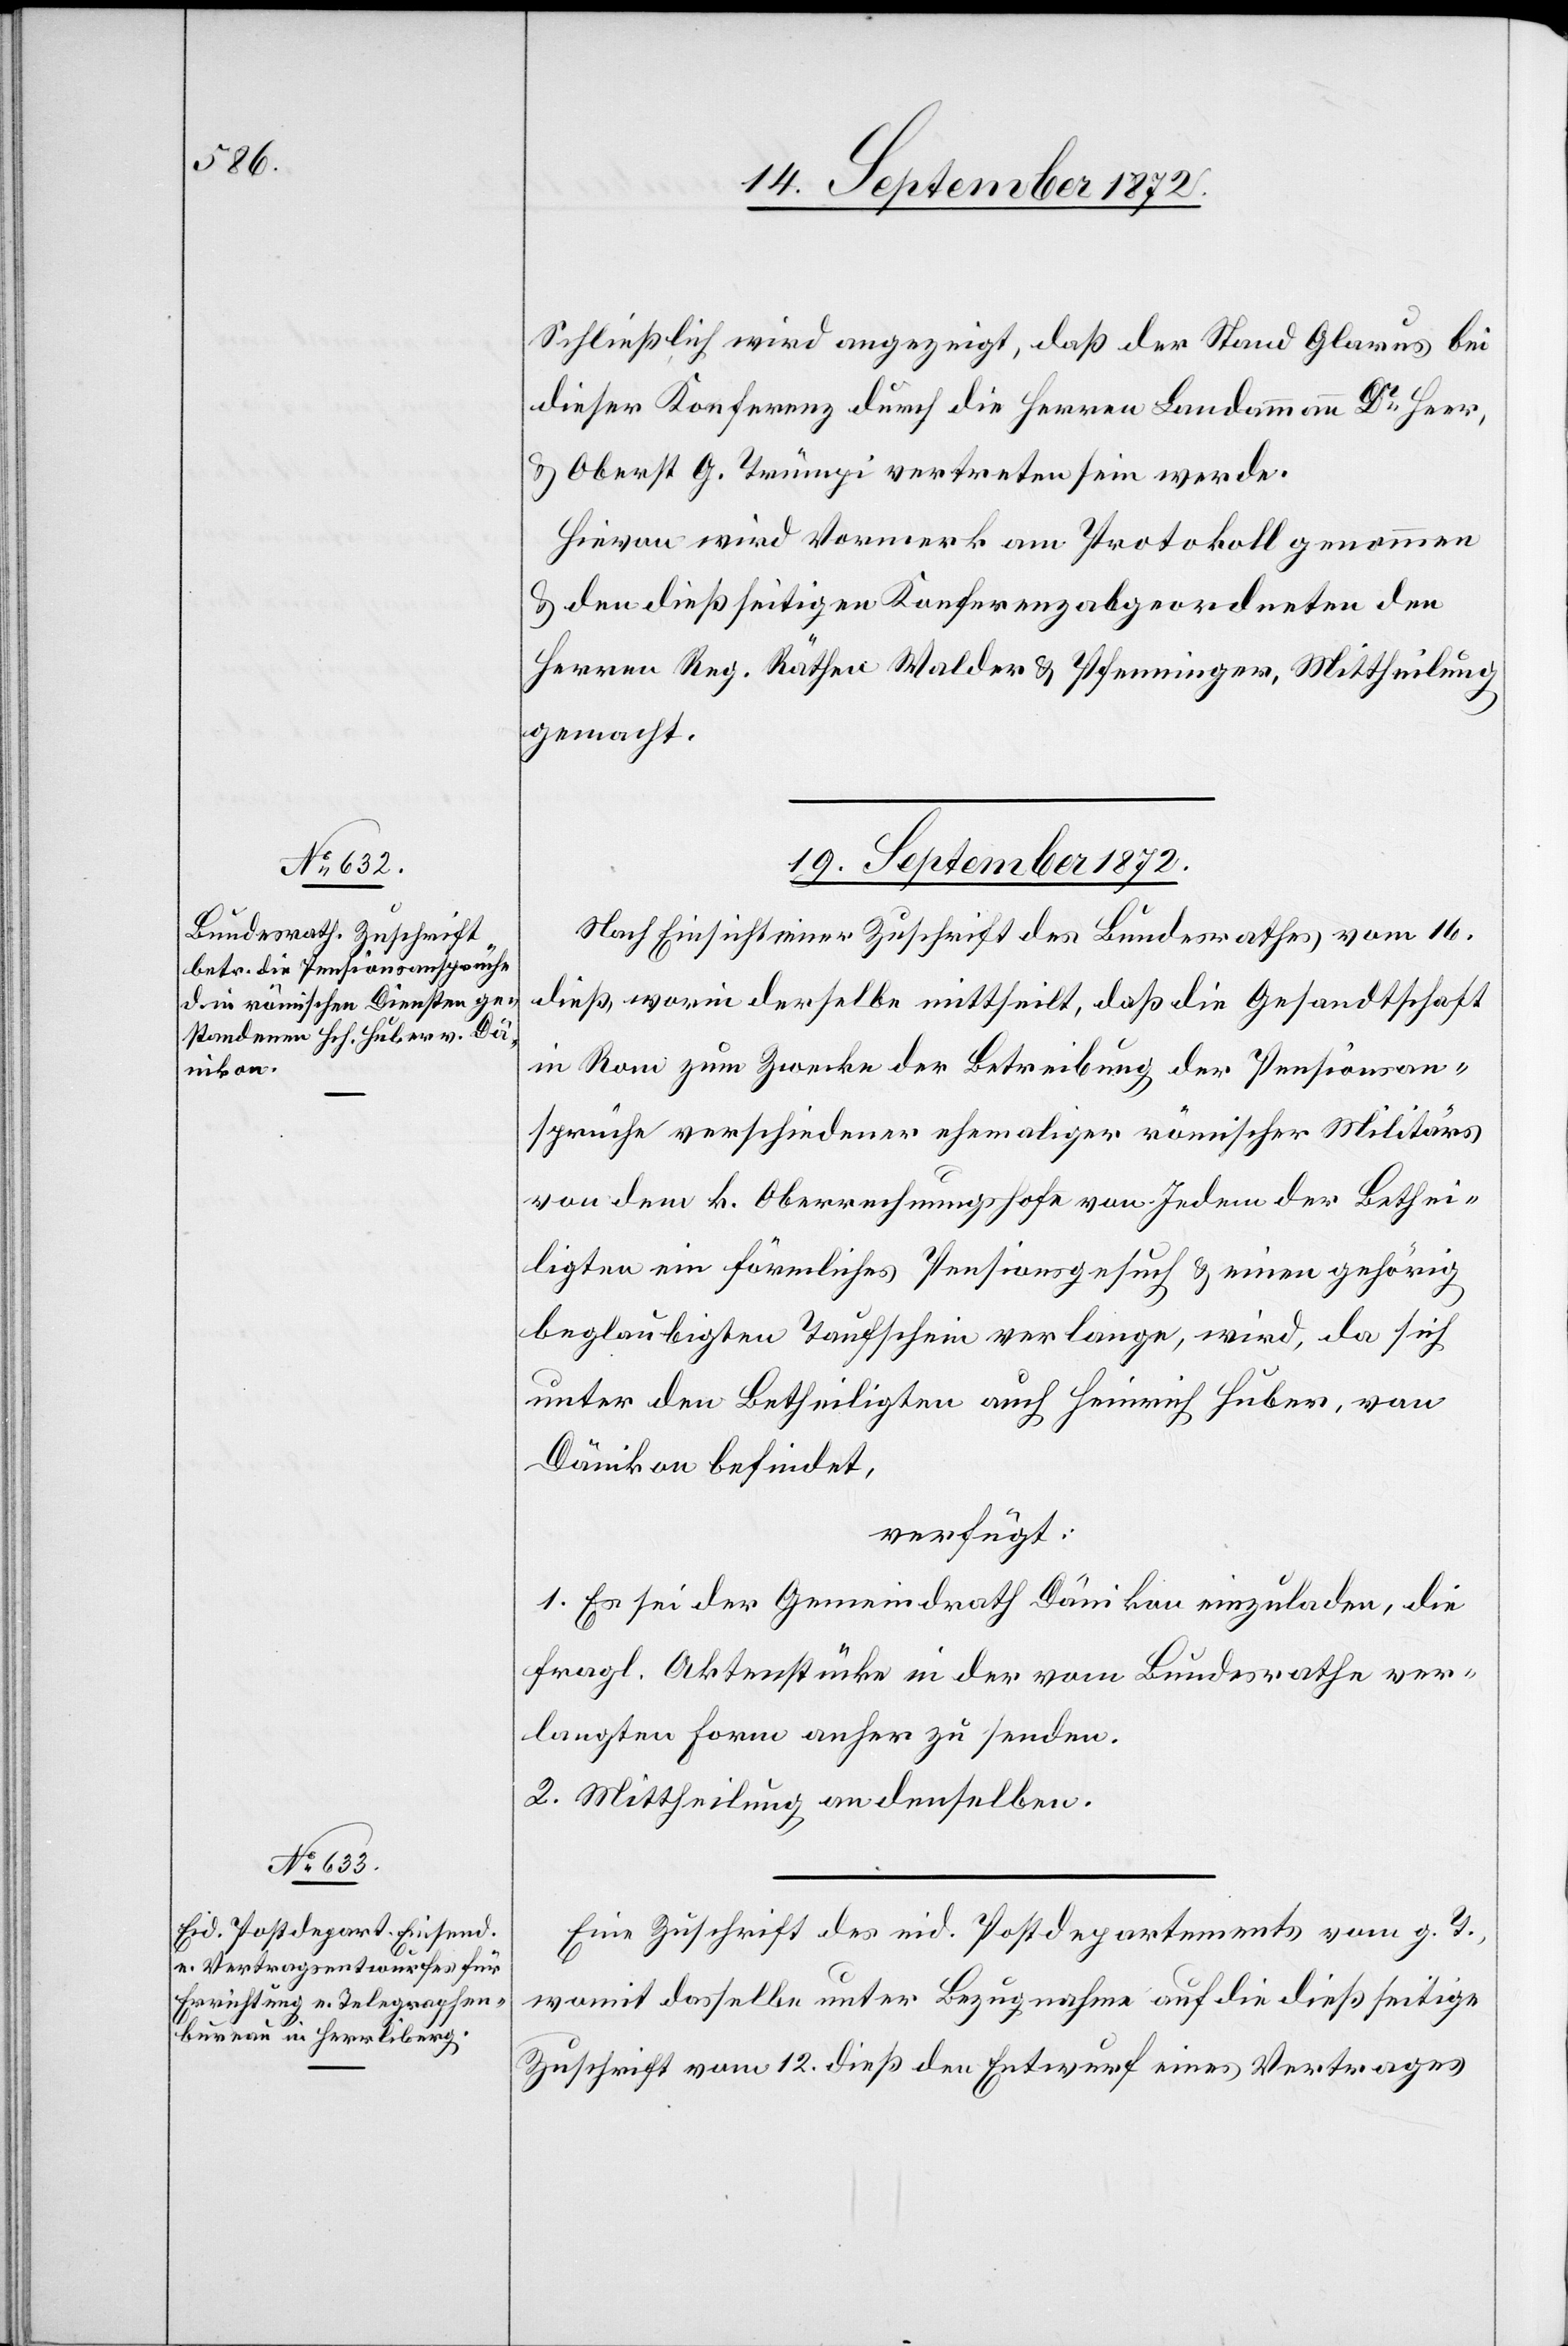
Schließlich wird angezeigt, daß der Stand Glarus bei
dieser Konferenz durch die Herren Landammann Dr Heer,
u. Oberst G. Trümpi vertreten sein werde.
Hievon wird Vormerk am Protokoll genommen
u. den dießseitigen Konferenzabgeordneten den
Herren Reg. Räthen Walder u. Pfenninger, Mittheilung
gemacht.
19. September 1872.]
Nach Einsicht einer Zuschrift des Bundesrathes vom 16.
dieß, worin derselbe mittheilt, daß die Gesandtschaft
in Rom zum Zwecke der Betreibung der Pensionsan¬
sprüche verschiedener ehemaliger römischer Militärs
von dem k. Oberrechnungshofe von Jedem der Bethei¬
ligten ein förmliches Pensionsgesuch u. einen gehörig
beglaubigten Taufschein verlange, wird, da sich
unter den Betheiligten auch Heinrich Huber, von
Dänikon befindet,
verfügt:
1. Es sei der Gemeindrath Dänikon einzuladen, die
fragl. Aktenstücke in der vom Bundesrathe ver¬
langten Form anher zu senden.
2. Mittheilung an denselben.
Eine Zuschrift des eid. Postdepartements vom g. T.,
womit dasselbe unter Bezugnahme auf die dießseitige
Zuschrift vom 12. dieß den Entwurf eines Vertrages